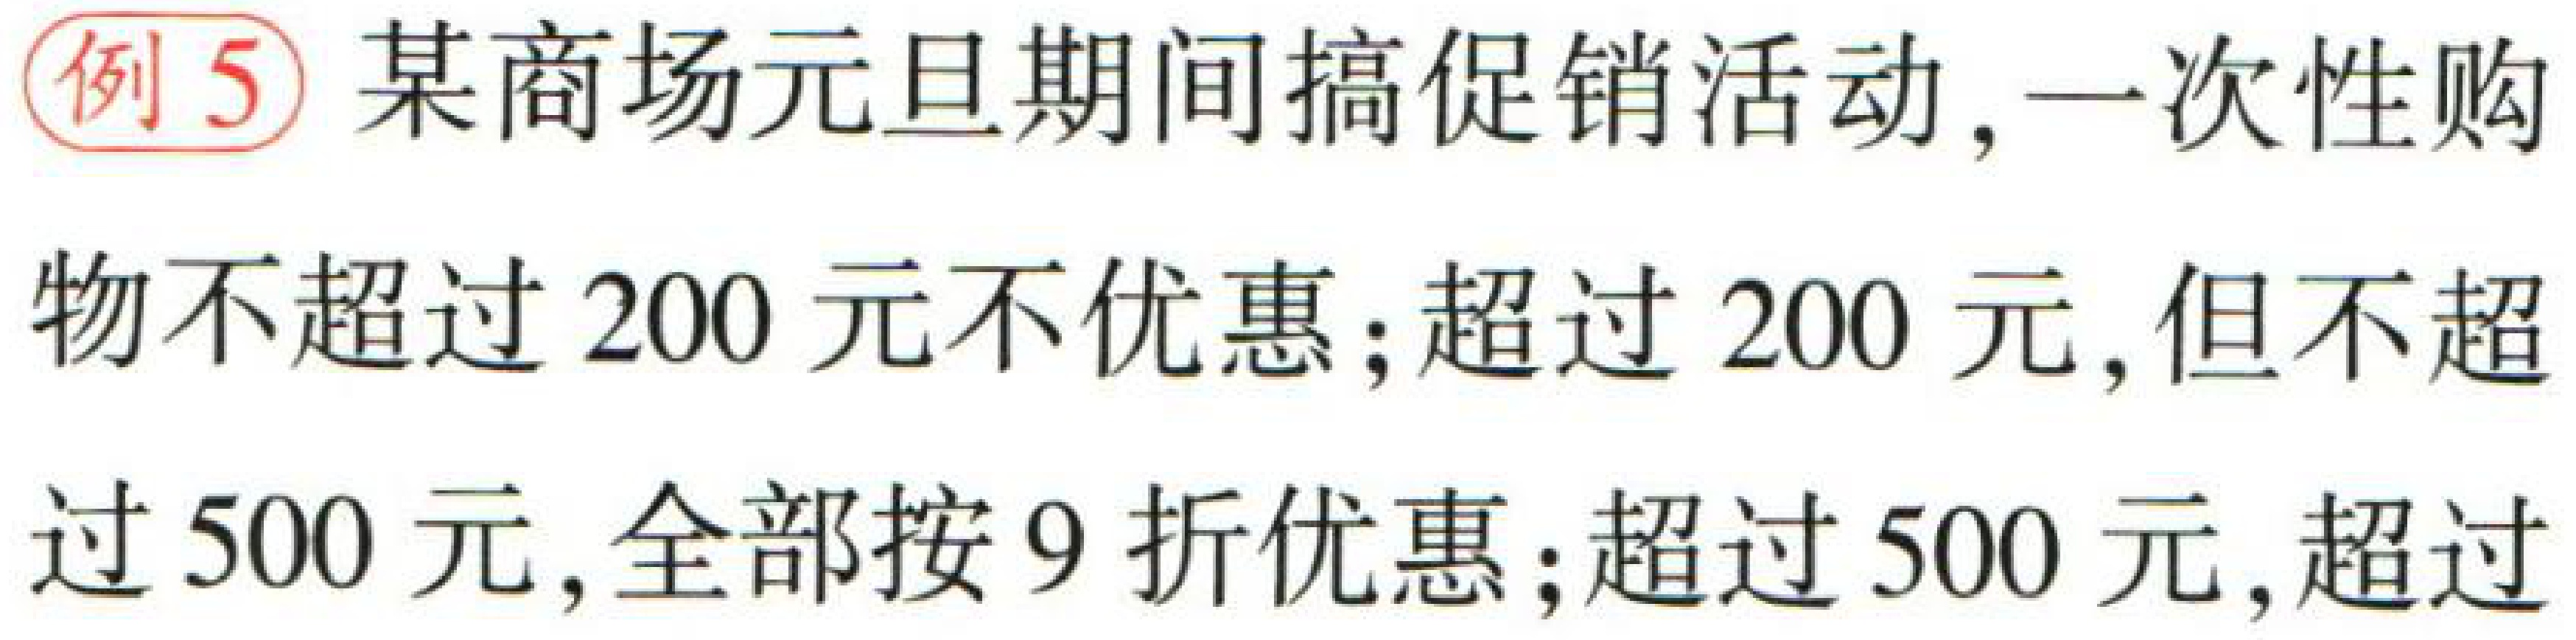
例5 某商场元旦期间搞促销活动,一次性购物不超过$200$元不优惠;超过$200$元,但不超过$500$元,全部按$9$折优惠;超过$500$元,超过